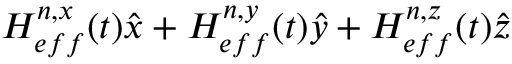
H _ { e f f } ^ { n , x } ( t ) \hat { x } + H _ { e f f } ^ { n , y } ( t ) \hat { y } + H _ { e f f } ^ { n , z } ( t ) \hat { z }